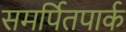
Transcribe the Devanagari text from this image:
समर्पितपार्क